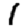
Digit: 1